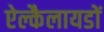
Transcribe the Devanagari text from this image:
ऐल्कैलायडों